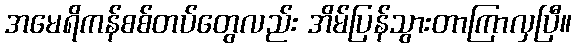
အမေရိကန်စစ်တပ်တွေလည်း အိမ်ပြန်သွားတာကြာလှပြီ။